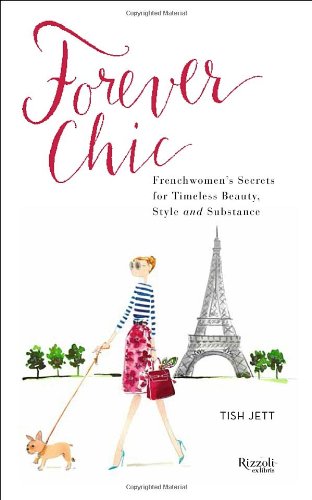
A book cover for Forever Chic: Frenchwomen's Secrets for Timeless Beauty, Style, and Substance; Tish Jett; Health, Fitness & Dieting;